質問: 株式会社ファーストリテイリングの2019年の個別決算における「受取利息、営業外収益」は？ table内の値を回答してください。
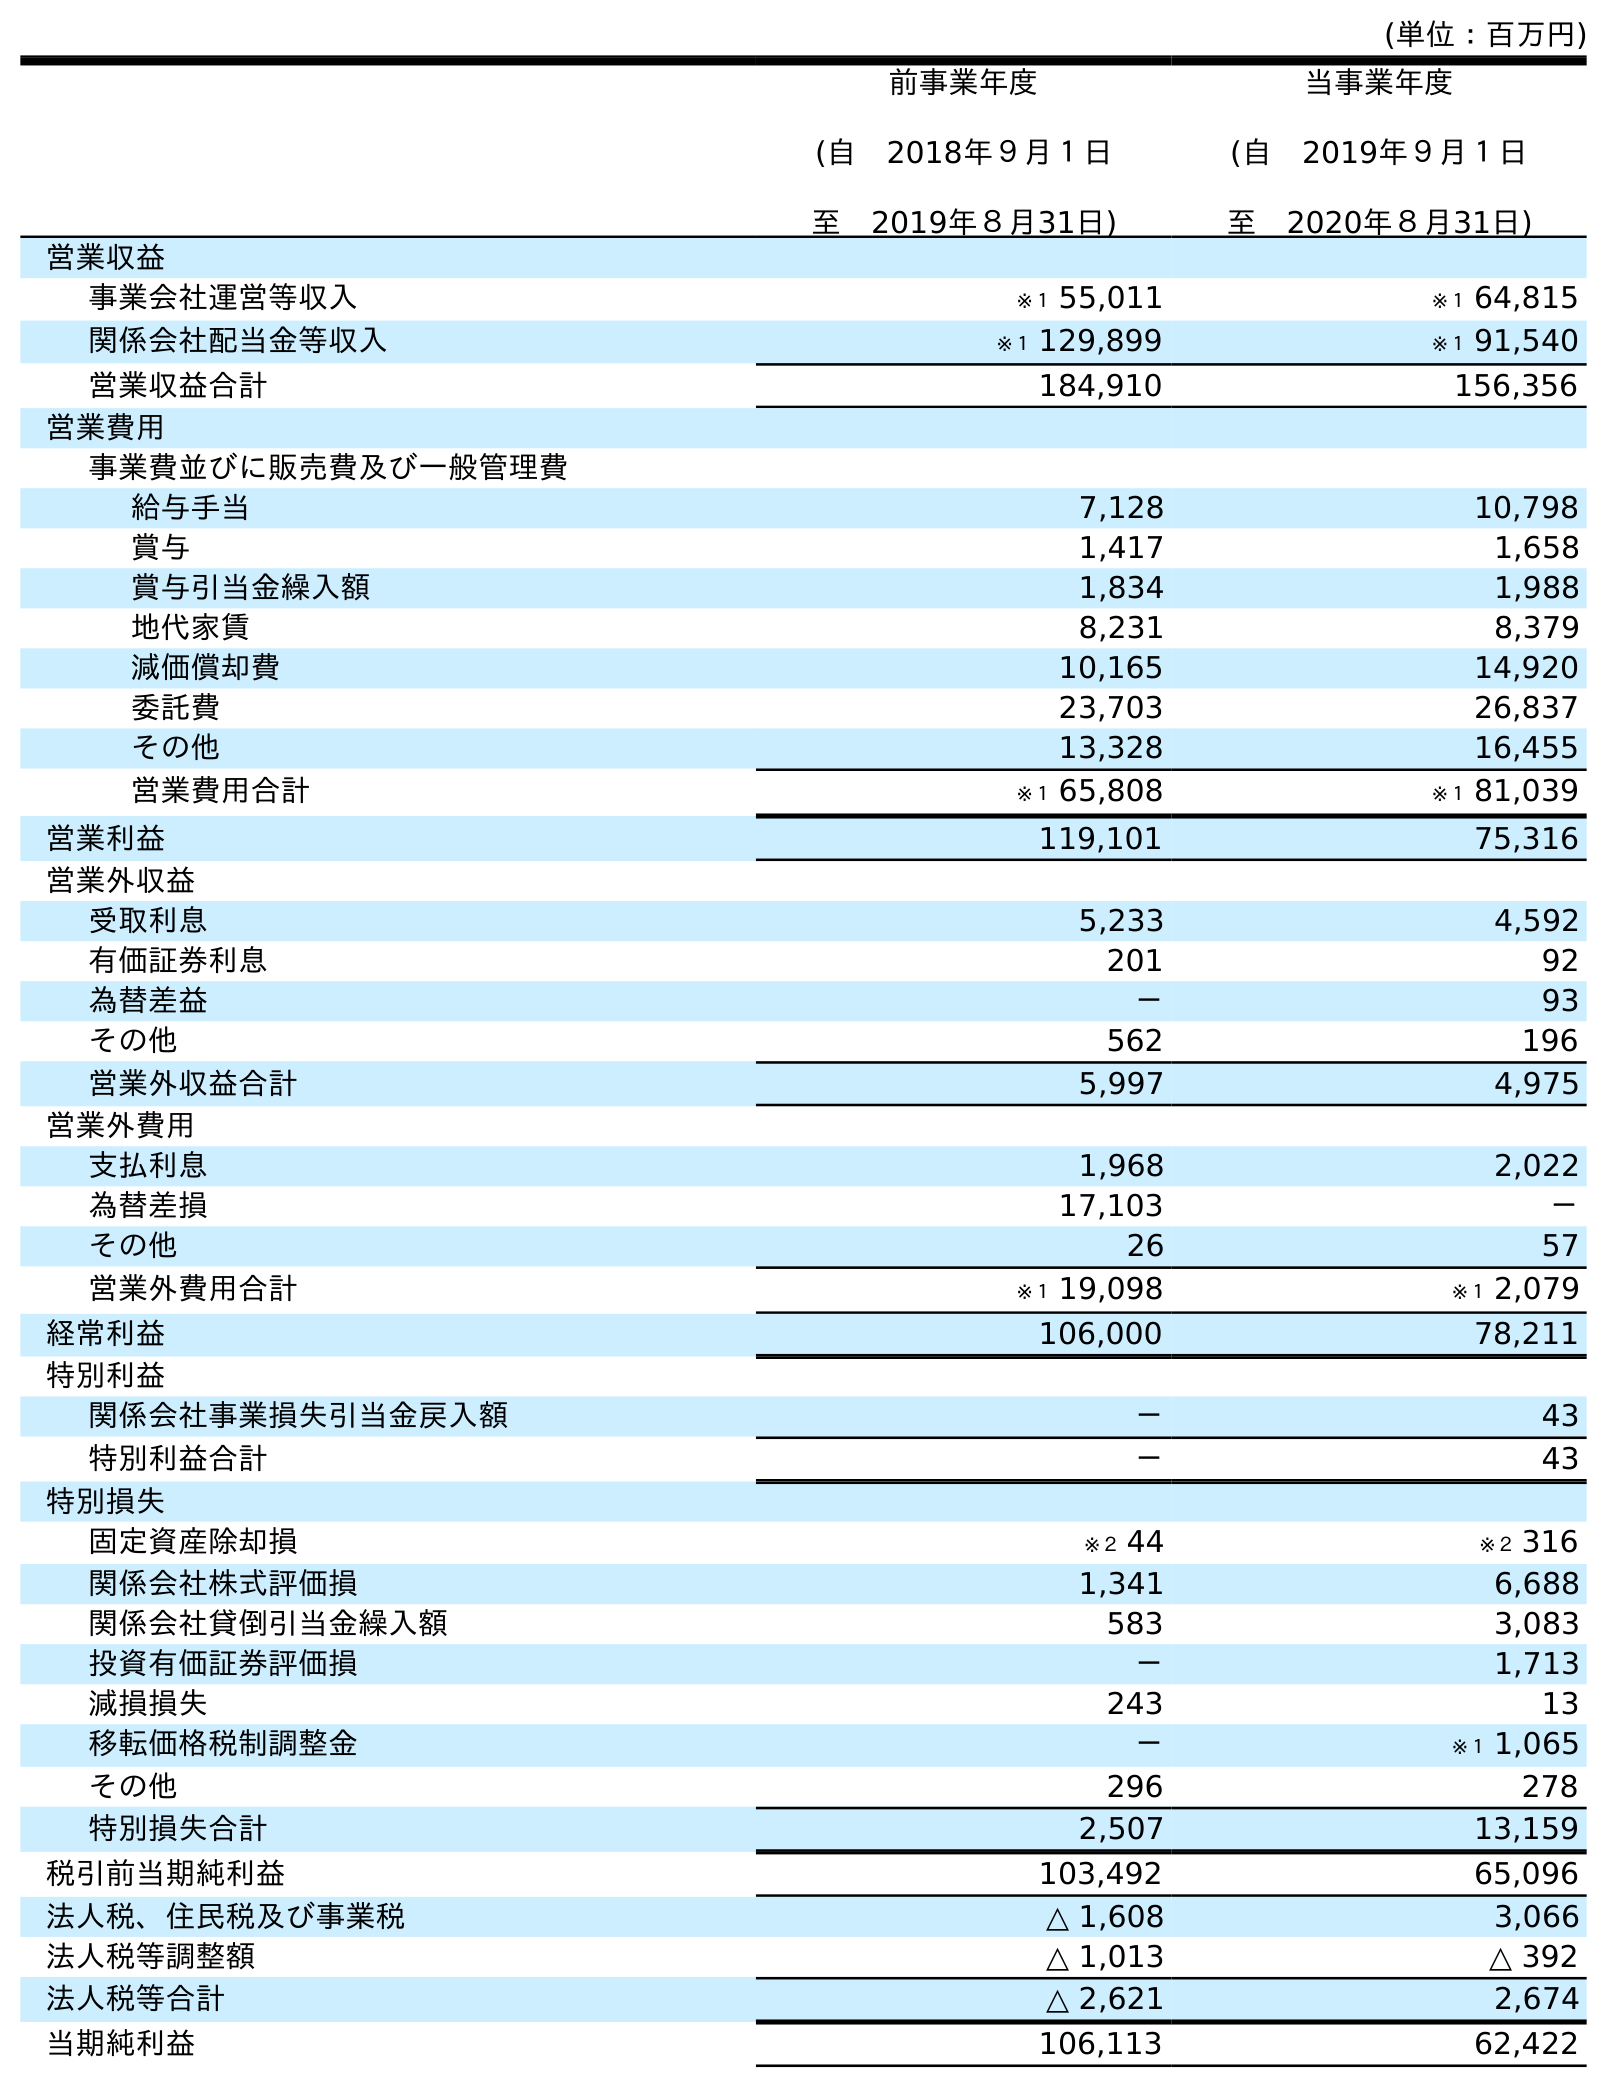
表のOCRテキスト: (単位：百万円) 前事業年度 (自 2018年９月１日 至 2019年８月31日) 当事業年度 (自 2019年９月１日 至 2020年８月31日) 営業収益 事業会社運営等収入 ※１ 55,011 ※１ 64,815 関係会社配当金等収入 ※１ 129,899 ※１ 91,540 営業収益合計 184,910 156,356 営業費用 事業費並びに販売費及び一般管理費 給与手当 7,128 10,798 賞与 1,417 1,658 賞与引当金繰入額 1,834 1,988 地代家賃 8,231 8,379 減価償却費 10,165 14,920 委託費 23,703 26,837 その他 13,328 16,455 営業費用合計 ※１ 65,808 ※１ 81,039 営業利益 119,101 75,316 営業外収益 受取利息 5,233 4,592 有価証券利息 201 92 為替差益 － 93 その他 562 196 営業外収益合計 5,997 4,975 営業外費用 支払利息 1,968 2,022 為替差損 17,103 － その他 26 57 営業外費用合計 ※１ 19,098 ※１ 2,079 経常利益 106,000 78,211 特別利益 関係会社事業損失引当金戻入額 － 43 特別利益合計 － 43 特別損失 固定資産除却損 ※２ 44 ※２ 316 関係会社株式評価損 1,341 6,688 関係会社貸倒引当金繰入額 583 3,083 投資有価証券評価損 － 1,713 減損損失 243 13 移転価格税制調整金 － ※１ 1,065 その他 296 278 特別損失合計 2,507 13,159 税引前当期純利益 103,492 65,096 法人税、住民税及び事業税 △ 1,608 3,066 法人税等調整額 △ 1,013 △ 392 法人税等合計 △ 2,621 2,674 当期純利益 106,113 62,422
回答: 5,233